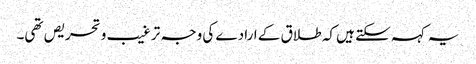
یہ کہہ سکتے ہیں کہ طلاق کے ارادے کی وجہ ترغیب و تحریص تھی۔